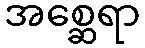
အစ္ဆေရာ